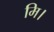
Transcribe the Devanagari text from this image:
मि।